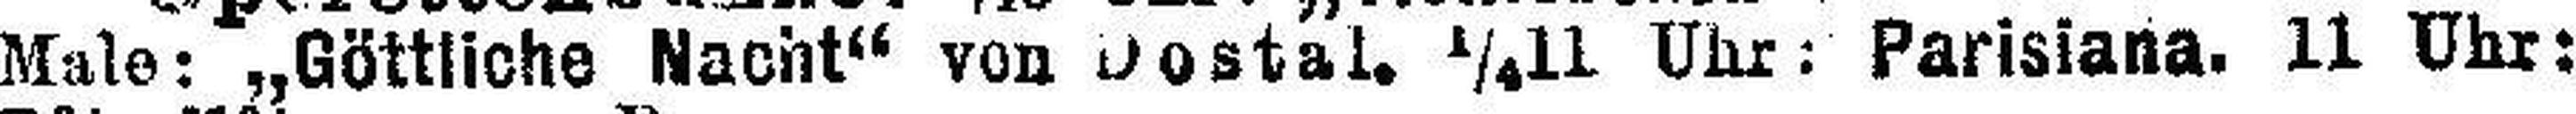
Male: „Göttliche Nacht“ von Dostal. ¼11 Uhr: Parisiana. 11 Uhr: